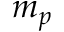
m _ { p }